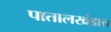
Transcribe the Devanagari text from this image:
पातालखंडात